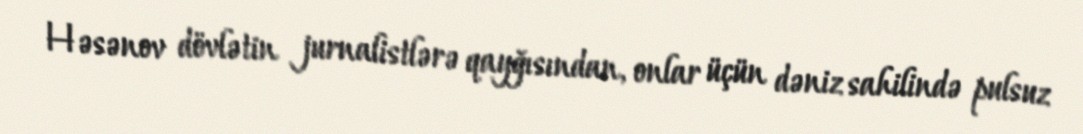
Həsənov dövlətin jurnalistlərə qayğısından, onlar üçün dəniz sahilində pulsuz